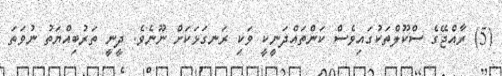
(5) ރާއްޖޭގެ ސްކޫލްތަކުގައިވެސް ކަންތައްދަނީކީ ވަކި ރަނގަޅަކަށް ނޫނެވެ. ދީނީ ތަރުބިއްޔަތު ނުވަތަ